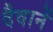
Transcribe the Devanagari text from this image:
दैवानें